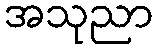
အသုညာ